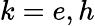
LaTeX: k=e,h